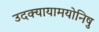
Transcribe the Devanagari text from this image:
उदक्यायामयोनिषु